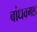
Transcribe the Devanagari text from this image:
बांधवगड